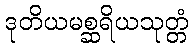
ဒုတိယမစ္ဆရိယသုတ္တံ